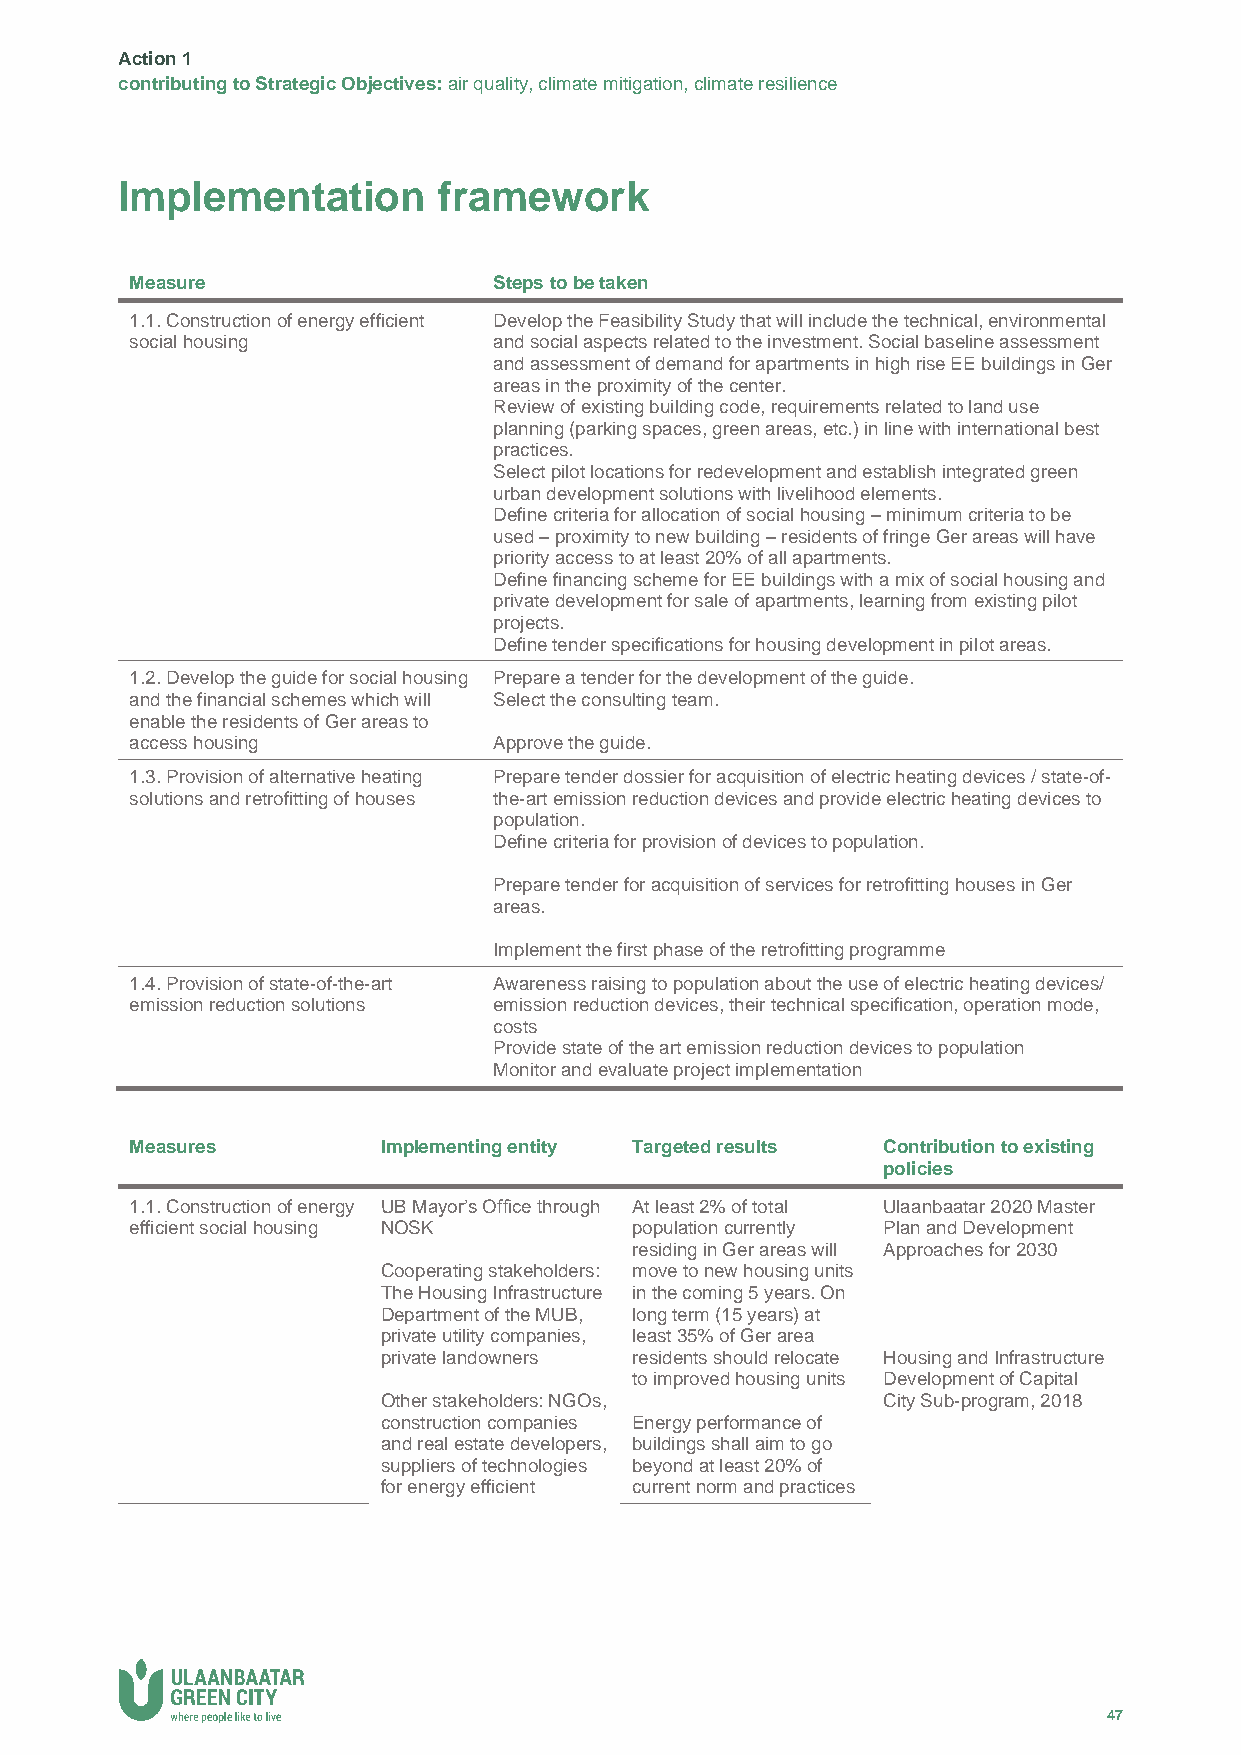
Action 1
 contributing to Strategic Objectives: air quality, climate mitigation, climate resilience
 Implementation       framework
 Measure                 Steps to be taken
 1.1. Construction of energy efficient Develop the Feasibility Study that will include the technical, environmental
 social housing          and social aspects related to the investment. Social baseline assessment
 and assessment of demand for apartments in high rise EE buildings in Ger
 areas in the proximity of the center.
 Review of existing building code, requirements related to land use
 planning (parking spaces, green areas, etc.) in line with international best
 practices.
 Select pilot locations for redevelopment and establish integrated green
 urban development solutions with livelihood elements.
 Define criteria for allocation of social housing – minimum criteria to be
 used – proximity to new building – residents of fringe Ger areas will have
 priority access to at least 20% of all apartments.
 Define financing scheme for EE buildings with a mix of social housing and
 private development for sale of apartments, learning from existing pilot
 projects.
 Define tender specifications for housing development in pilot areas.
 1.2. Develop the guide for social housing Prepare a tender for the development of the guide.
 and the financial schemes which will Select the consulting team.
 enable the residents of Ger areas to
 access housing          Approve the guide.
 1.3. Provision of alternative heating Prepare tender dossier for acquisition of electric heating devices / state-of-
 solutions and retrofitting of houses the-art emission reduction devices and provide electric heating devices to
 population.
 Define criteria for provision of devices to population.
 Prepare tender for acquisition of services for retrofitting houses in Ger
 areas.
 Implement the first phase of the retrofitting programme
 1.4. Provision of state-of-the-art Awareness raising to population about the use of electric heating devices/
 emission reduction solutions emission reduction devices, their technical specification, operation mode,
 costs
 Provide state of the art emission reduction devices to population
 Monitor and evaluate project implementation
 Measures        Implementing entity Targeted results Contribution to existing
 policies
 1.1. Construction of energy UB Mayor’s Office through At least 2% of total Ulaanbaatar 2020 Master
 efficient social housing NOSK    population currently Plan and Development
 residing in Ger areas will Approaches for 2030
 Cooperating stakeholders: move to new housing units
 The Housing Infrastructure in the coming 5 years. On
 Department of the MUB, long term (15 years) at
 private utility companies, least 35% of Ger area
 private landowners residents should relocate Housing and Infrastructure
 to improved housing units Development of Capital
 Other stakeholders: NGOs,        City Sub-program, 2018
 construction companies Energy performance of
 and real estate developers, buildings shall aim to go
 suppliers of technologies beyond at least 20% of
 for energy efficient current norm and practices
 47